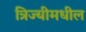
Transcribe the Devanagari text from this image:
त्रिज्यीमधील